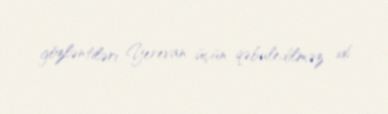
gözləntiləri Yerevan üçün qəbuledilməz idi.